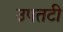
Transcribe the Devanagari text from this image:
उपतटी